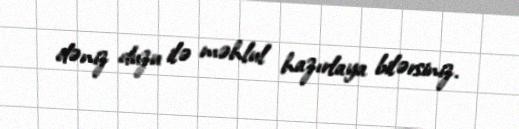
dəniz duzu ilə məhlul hazırlaya bilərsiniz.